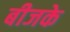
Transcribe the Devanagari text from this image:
बीजके